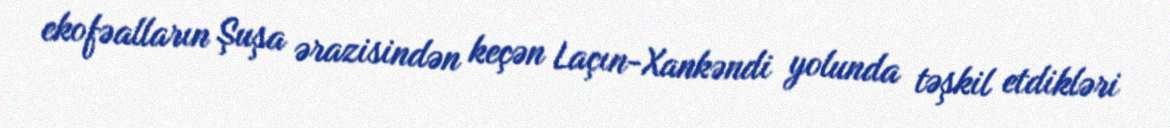
ekofəalların Şuşa ərazisindən keçən Laçın-Xankəndi yolunda təşkil etdikləri